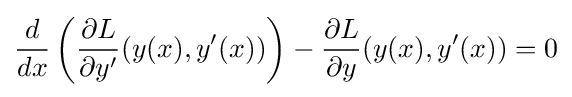
{\frac {d}{dx}}\left({\frac {\partial L}{\partial y'}}(y(x),y'(x))\right)-{\frac {\partial L}{\partial y}}(y(x),y'(x))=0